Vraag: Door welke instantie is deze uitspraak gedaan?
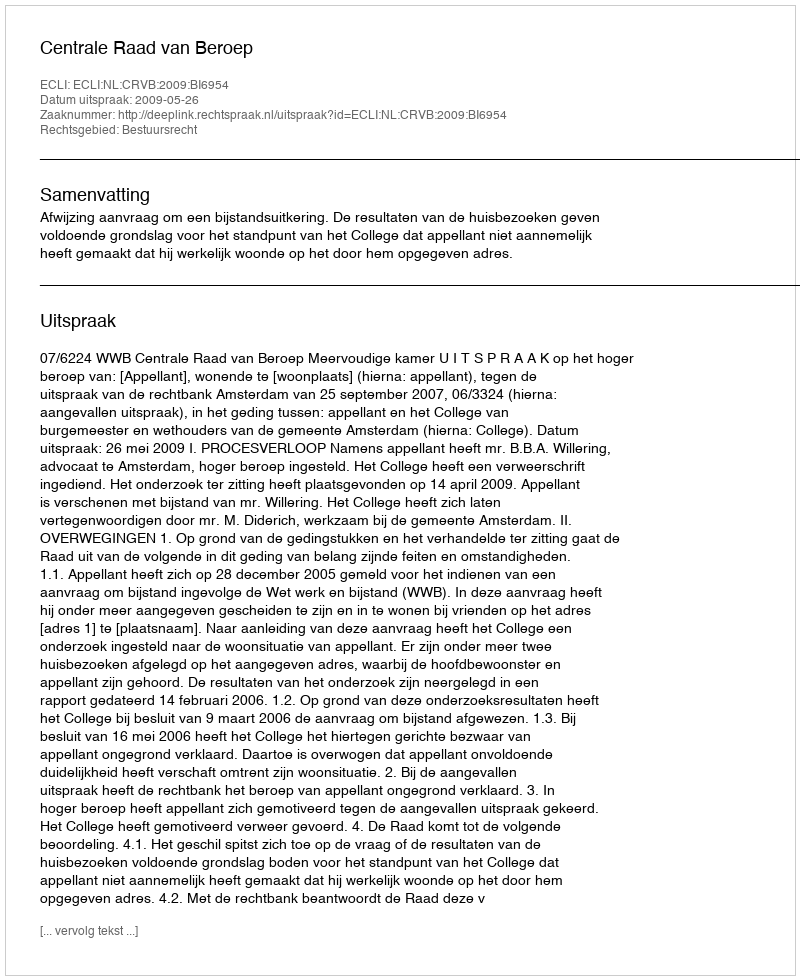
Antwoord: Centrale Raad van Beroep